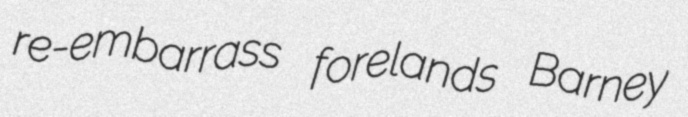
re-embarrass forelands Barney